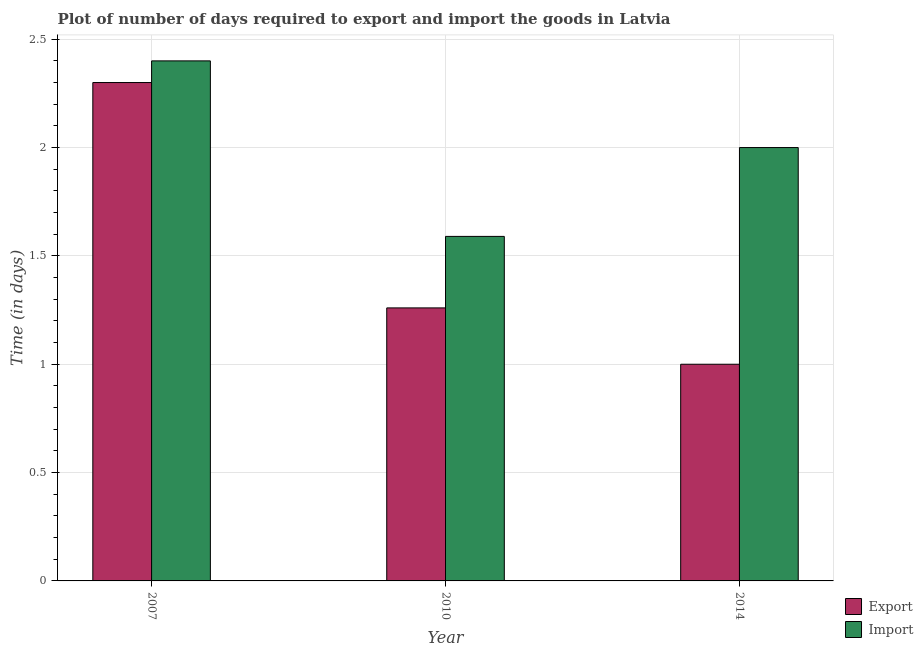
| Year | Export | Import |
 | --- | --- | --- |
 | 2007 | 2.3 | 2.4 |
 | 2010 | 1.26 | 1.59 |
 | 2014 | 1 | 2 |